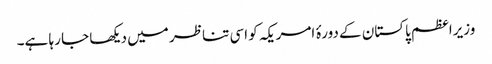
وزیراعظم پاکستان کے دورۂ امریکہ کو اسی تناظر میں دیکھا جا رہا ہے۔